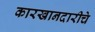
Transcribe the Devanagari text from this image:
कारखानदारीचे